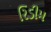
રિડીમ